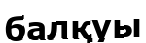
балқуы